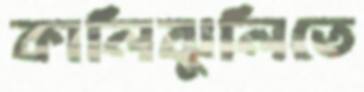
কালিঝুলিতে